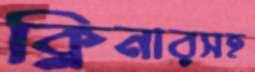
ক্লিনারসহ